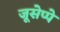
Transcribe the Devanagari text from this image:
जूसेप्पे